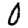
Digit: 0